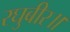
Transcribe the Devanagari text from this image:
रघुबीर॥